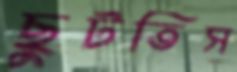
ছুটতিস